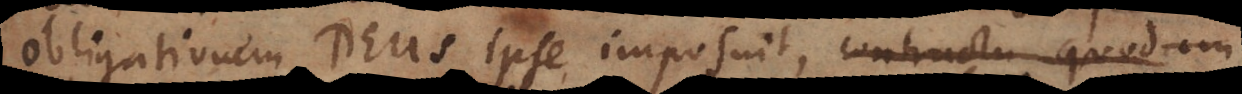
obligationem Deus ipse imposuit, contractu quodam